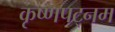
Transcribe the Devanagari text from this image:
कृष्णपट्नम